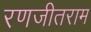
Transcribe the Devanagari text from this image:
रणजीतराम